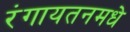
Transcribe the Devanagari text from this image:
रंगायतनमधे